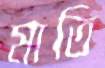
মাতি